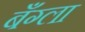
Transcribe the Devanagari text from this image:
बँग्ला